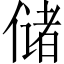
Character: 储